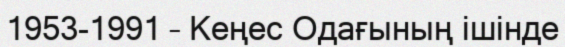
1953-1991 – Кеңес Одағының ішінде